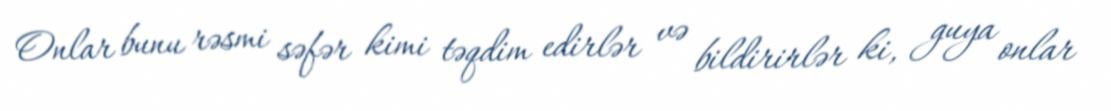
Onlar bunu rəsmi səfər kimi təqdim edirlər və bildirirlər ki, guya onlar